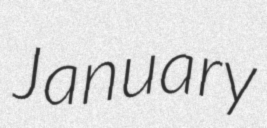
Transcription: January